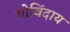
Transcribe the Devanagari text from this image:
गोविंदाय